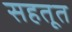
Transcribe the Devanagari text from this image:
सहतूत